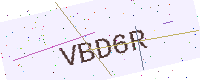
Text: VBD6R